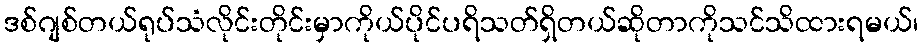
ဒစ်ဂျစ်တယ်ရုပ်သံလိုင်းတိုင်းမှာကိုယ်ပိုင်ပရိသတ်ရှိတယ်ဆိုတာကိုသင်သိထားရမယ်၊